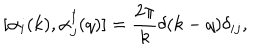
[ \alpha _ { i } ( k ) , \alpha _ { j } ^ { \dagger } ( q ) ] = \frac { 2 \pi } { k } \delta ( k - q ) \delta _ { i j } ,